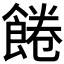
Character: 𩜇